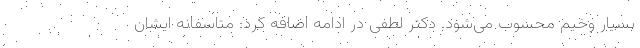
بسیار وخیم محسوب می‌شود. دکتر لطفی در ادامه اضافه کرد: متاسفانه ایشان